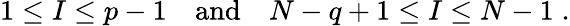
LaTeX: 1\leq I\leq p-1\quad\mathrm{and}\quad N-q+1\leq I\leq N-1\; .